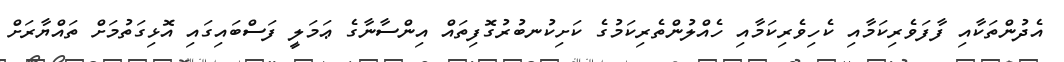
އެދުންތަކާއި ފާފަވެރިކަމާއި ކެހިވެރިކަމާއި ހެއްލުންތެރިކަމުގެ ކަށިކުނބުރުގޮފިތައް އިންސާނާގެ ޢަމަލީ ފަސްބައިގައި އޮޅިގަތުމަށް ތައްޔާރަށް